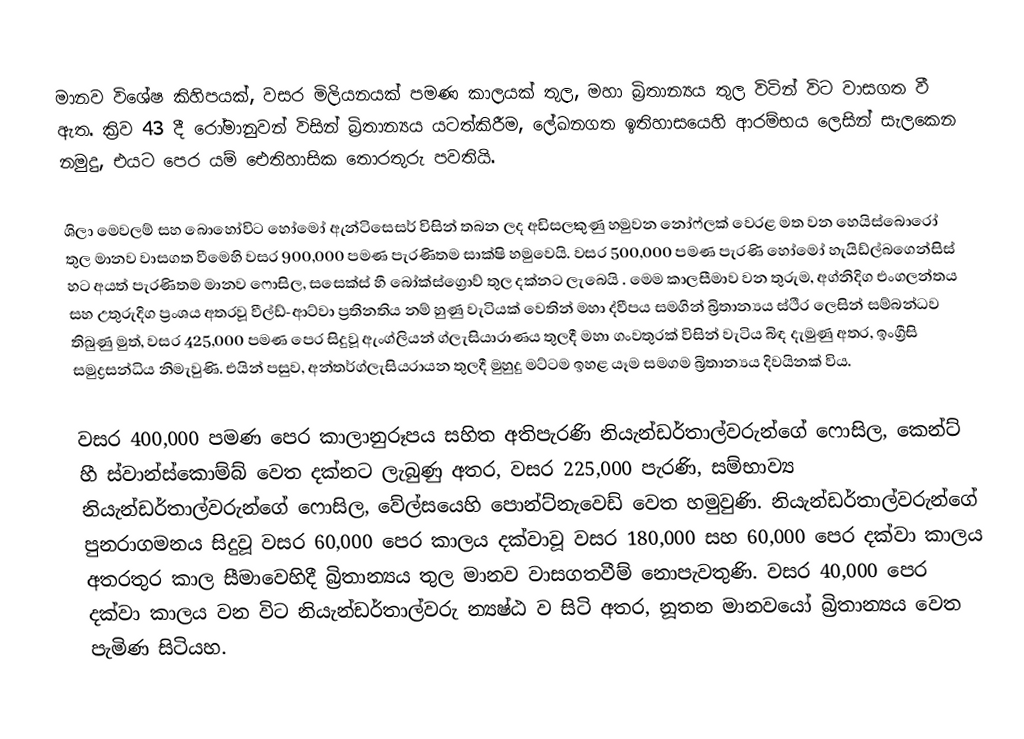
මානව විශේෂ කිහිපයක්, වසර මිලියනයක් පමණ කාලයක් තුල, මහා බ්‍රිතාන්‍යය තුල විටින් විට  වාසගත වී ඇත. ක්‍රිව 43 දී රෝමානුවන් විසින් බ්‍රිතාන්‍යය යටත්කිරීම,  ලේඛනගත ඉතිහාසයෙහි  ආරම්භය ලෙසින් සැලකෙන නමුදු, එයට පෙර යම් ඓතිහාසික තොරතුරු පවතියි.

ශිලා මෙවලම් සහ බොහෝවිට හෝමෝ ඇන්ටිසෙසර් විසින් තබන ලද අඩිසලකුණු හමුවන නෝෆ්ලක් වෙරළ මත වන හෙයිස්බොරෝ තුල මානව වාසගත වීමෙහි  වසර 900,000 පමණ පැරණිතම සාක්ෂි හමුවෙයි. වසර  500,000  පමණ පැරණි හෝමෝ හැයිඩ්ල්බගෙන්සිස් හට අයත් පැරණිතම මානව ෆොසිල, සසෙක්ස් හී බෝක්ස්ග්‍රොව් තුල දක්නට ලැබෙයි . මෙම කාලසීමාව වන තුරුම,  අග්නිදිග එංගලන්තය සහ උතුරුදිග ප්‍රංශය අතරවූ  වීල්ඩ්-ආට්වා ප්‍රතිනතිය නම් හුණු වැටියක් වෙතින් මහා ද්වීපය සමගින් බ්‍රිතාන්‍යය ස්ථීර ලෙසින් සම්බන්ධව තිබුණු මුත්,  වසර  425,000 පමණ පෙර සිදුවූ ඇංග්ලියන් ග්ලැසියාරාණය තුලදී  මහා ගංවතුරක් විසින් වැටිය බිඳ දැමුණු අතර, ඉංග්‍රීසි සමුද්‍රසන්ධිය නිමැවුණි. එයින් පසුව,  අන්තර්ග්ලැසියරායන  තුලදී මුහුදු මට්ටම ඉහළ යෑම සමගම බ්‍රිතාන්‍යය දිවයිනක් විය.

වසර  400,000 පමණ පෙර කාලානුරූපය සහිත අතිපැරණි නියැන්ඩර්තාල්වරුන්ගේ ෆොසිල,  කෙන්ට් හී ස්වාන්ස්කොම්බ් වෙත දක්නට ලැබුණු අතර, වසර 225,000 පැරණි, සම්භාව්‍ය  නියැන්ඩර්තාල්වරුන්ගේ ෆොසිල, වේල්සයෙහි  පොන්ට්නැවෙඩ් වෙත හමුවුණි. නියැන්ඩර්තාල්වරුන්ගේ පුනරාගමනය සිදුවූ වසර  60,000 පෙර කාලය දක්වාවූ වසර  180,000 සහ 60,000 පෙර දක්වා කාලය අතරතුර කාල සීමාවෙහිදී බ්‍රිතාන්‍යය තුල මානව වාසගතවීම් නොපැවතුණි. වසර 40,000 පෙර දක්වා කාලය වන විට  නියැන්ඩර්තාල්වරු  න්‍යෂ්ඨ ව සිටි අතර, නූතන මානවයෝ බ්‍රිතාන්‍යය වෙත පැමිණ සිටියහ.